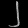
Digit: ၂